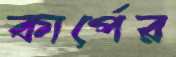
কার্পের